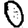
Digit: 0